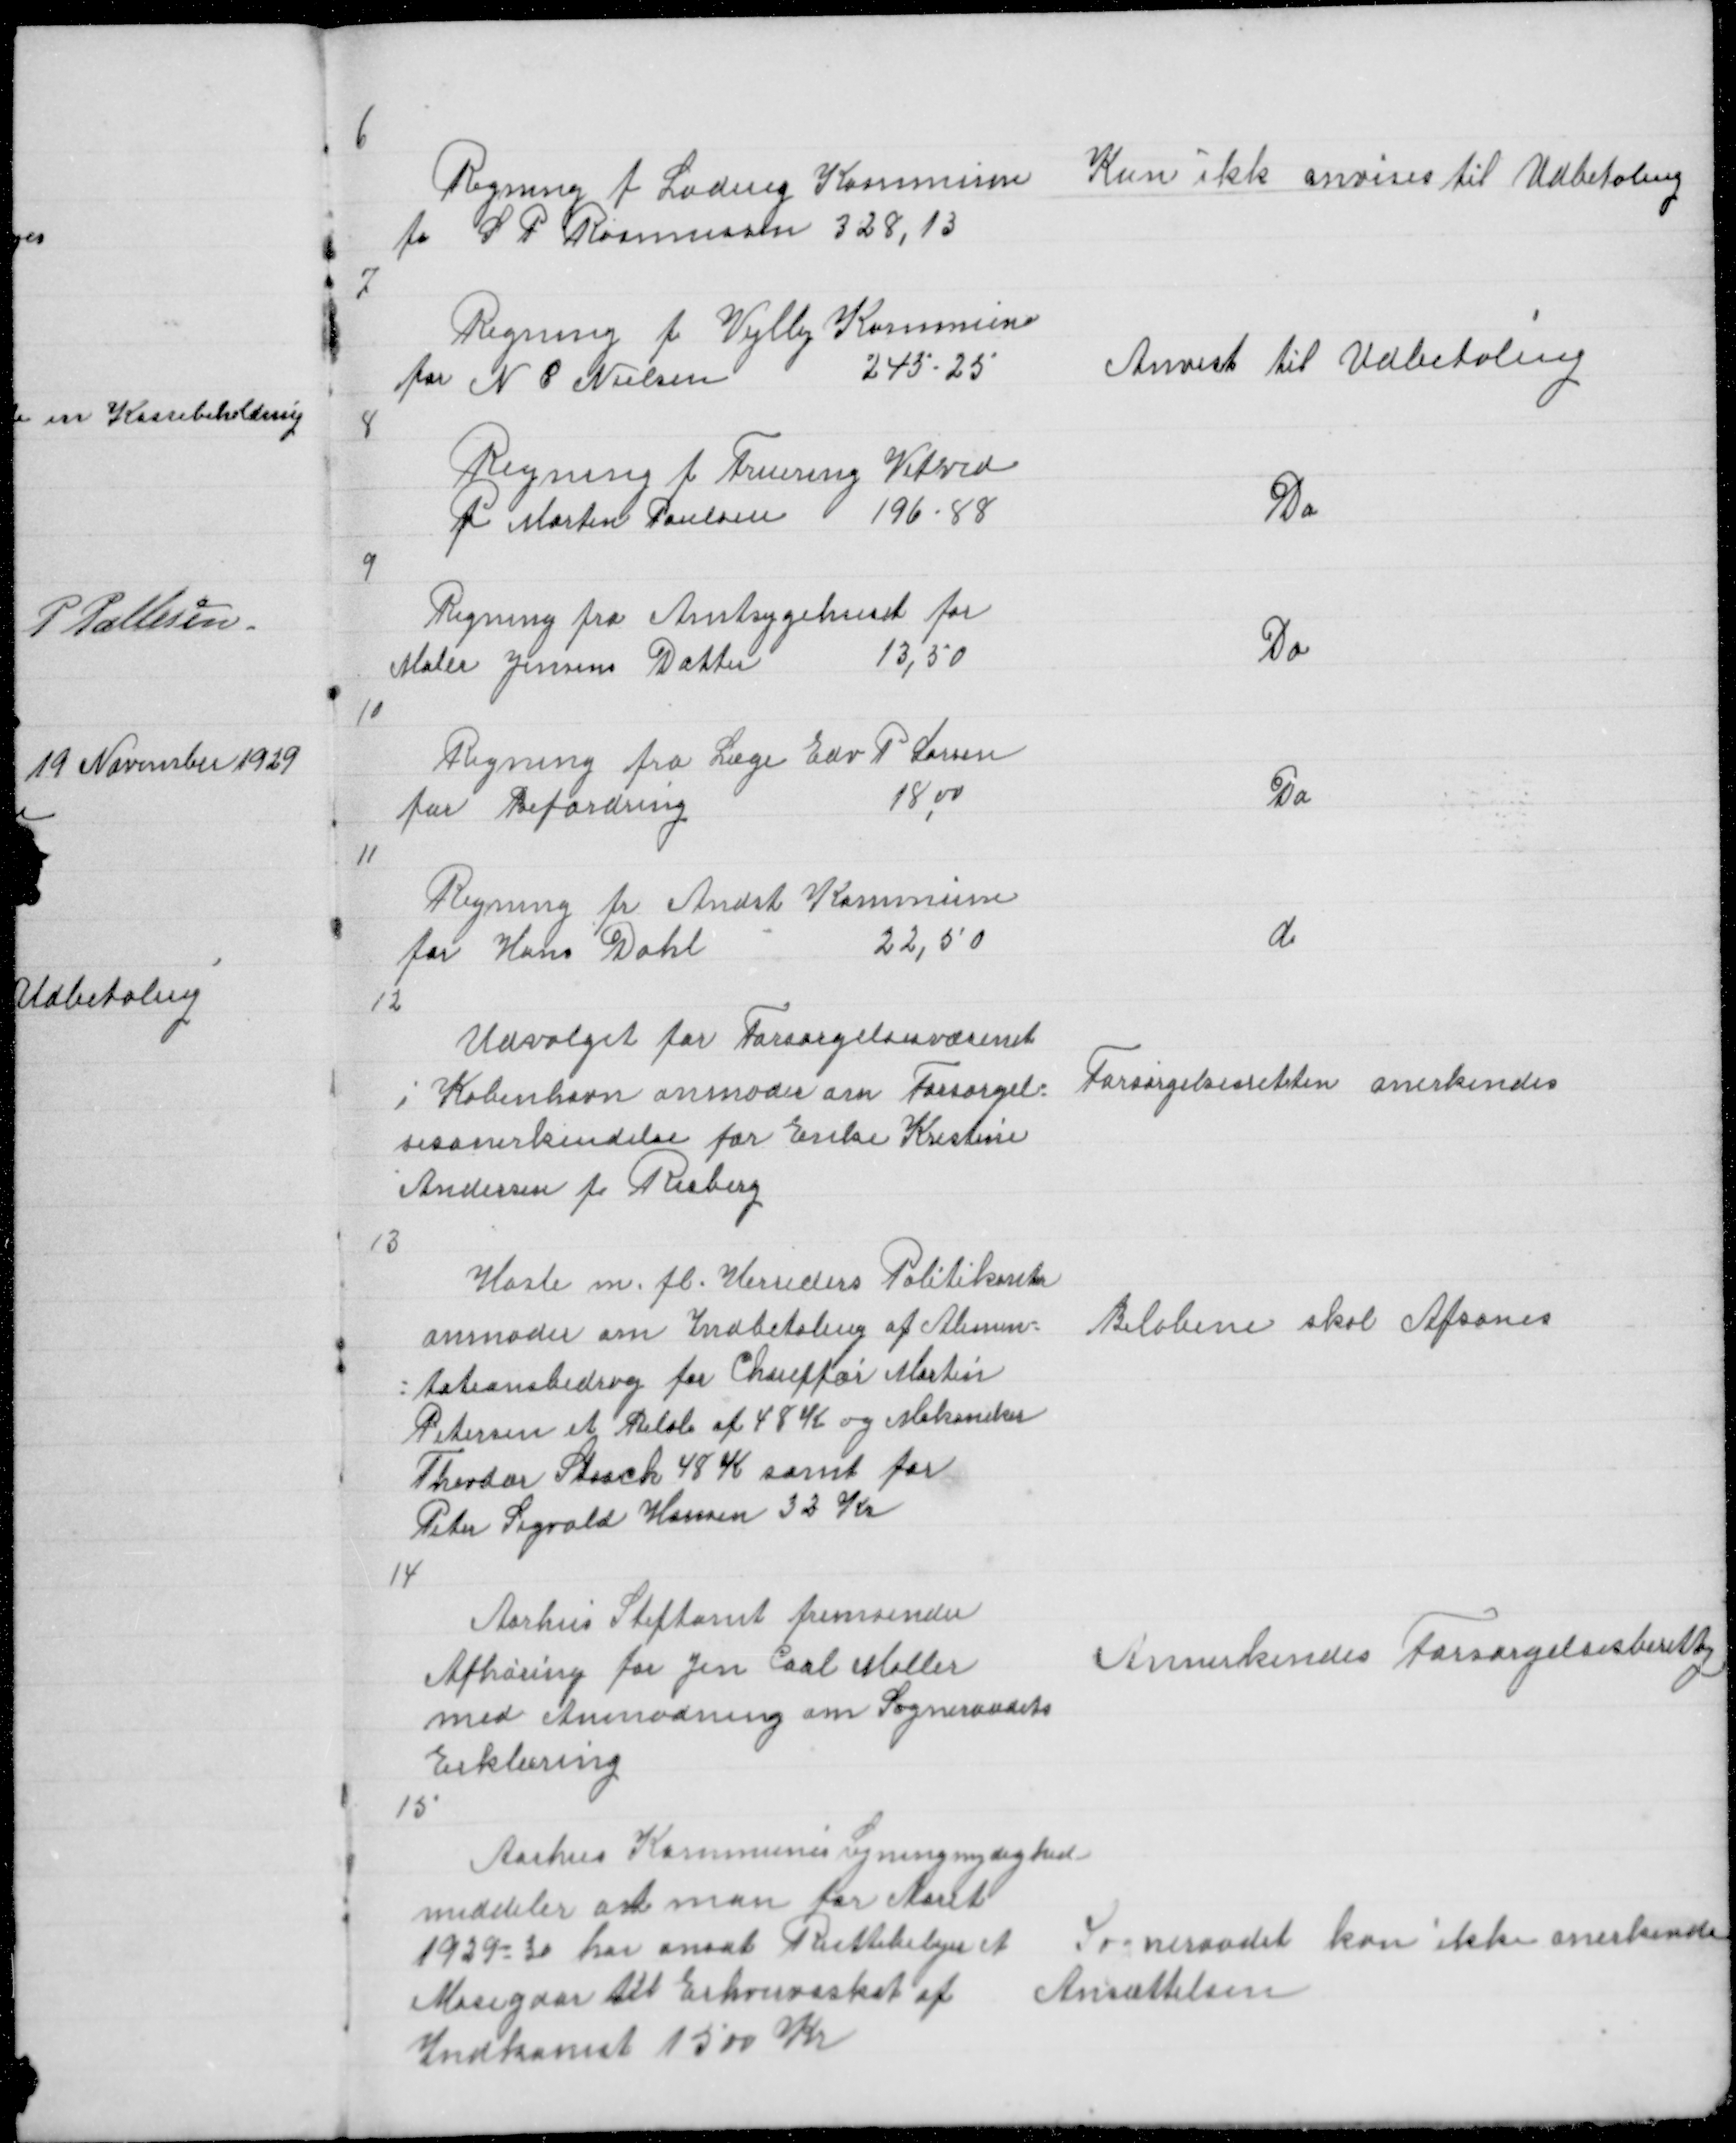
Transskription:
6

Regning f Lading Kommune
fo S P Rasmussen 328,13

Kan ikke anvises til Udbetaling

7

Regning f Vejlby Kommune
for N C Nielsen
245,25

Anvist til Udbetaling

8

Regning f Fruering Vitved
f Morten Poulsen
196 - 88

Do

9

Regning fra Amtsygehuset for
Maler Jensens Datter
13,50

Do

10

Regning fra Læge Edv P Larsen
for Befordring
18,00

Do

11

Regning fra Andst Kommune
for Hans Dahl
22,50

d

12

Udvalget for Forsørgelsesvæsenet
i København anmoder om Forsørgel =
sesanerkendelse for Erike Kristine
Andersen f Risberg

Forsørgelsesretten anerkendes

13

Hasle m. fl. Herreders Politikontor
anmoder om Indbetaling af Alimen =
= tationsbidrag for Chuffør Martin
Petersen et Beløb  af 48 K og Mekaniker
Thevdor Staack 48 K samt for
Peter Sigvald Hansen 32 Kr

Beløbene skal Afsones

14

Aarhus Stiftamt fremsender
Afhøring af Jen Carl Møller
med Anmodning om Sogneraadets
Erklæring
15

Annerkendes Forsørgelsesberettig

Aarhus Kommunes Ligningsmyndighed
meddeler at man for Aaret
1929 = 30 har ansat Ruttebilejer A
Mosegaar til Erhvervsskat af
Indkomst 1500 Kr

Sogneraadet kan ikke anerkende
Ansættelsen